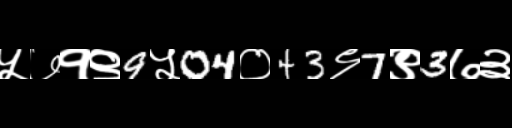
Text: ५७१९9५04०43९7९3७३